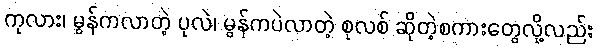
ကုလား၊ မွန်ကလာတဲ့ ပုလဲ၊ မွန်ကပဲလာတဲ့ စုလစ် ဆိုတဲ့စကားတွေလို့လည်း